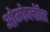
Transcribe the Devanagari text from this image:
ओम्फेलॉस